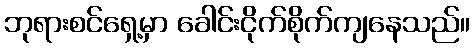
ဘုရားစင်ရှေ့မှာ ခေါင်းငိုက်စိုက်ကျနေသည်။